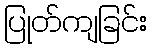
ပြုတ်ကျခြင်း